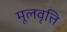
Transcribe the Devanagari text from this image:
मूलवृत्ति